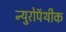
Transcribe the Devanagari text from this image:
न्युरोपॅथीक